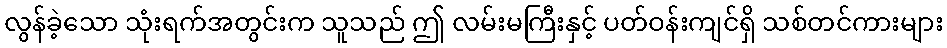
လွန်ခဲ့သော သုံးရက်အတွင်းက သူသည် ဤ လမ်းမကြီးနှင့် ပတ်ဝန်းကျင်ရှိ သစ်တင်ကားများ